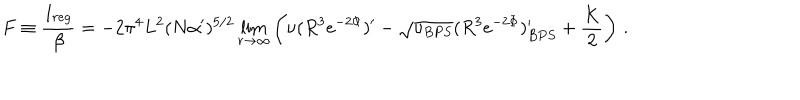
F \equiv \frac { I _ { r e g } } { \beta } = - 2 \pi ^ { 4 } L ^ { 2 } ( N \alpha ^ { \prime } ) ^ { 5 / 2 } \lim _ { r \to \infty } \left( \nu ( R ^ { 3 } e ^ { - 2 \Phi } ) ^ { \prime } - \sqrt { \nu _ { B P S } } ( R ^ { 3 } e ^ { - 2 \Phi } ) _ { B P S } ^ { \prime } + \frac { K } { 2 } \right) \, .